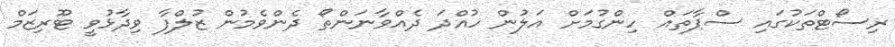
ރިސޯޓްތަކުގައި ސްޕާތައް ހިންގުމަށް އަލުން ހުއްދަ ދެއްވާނަންތޯ ދެންވެމުން ޒުލްފާ ވިދާޅުވީ ޓޫރިޒަމް